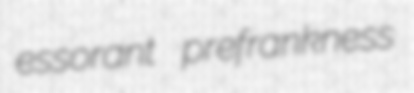
essorant prefrankness